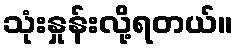
သုံးနှုန်းလို့ရတယ်။